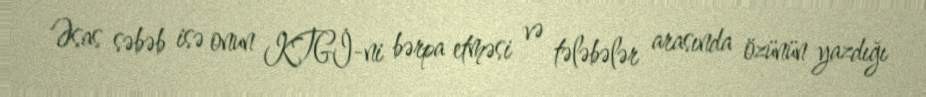
Əsas səbəb isə onun KTGİ-ni bərpa etməsi və tələbələr arasında özünün yazdığı